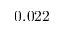
0 . 0 2 2